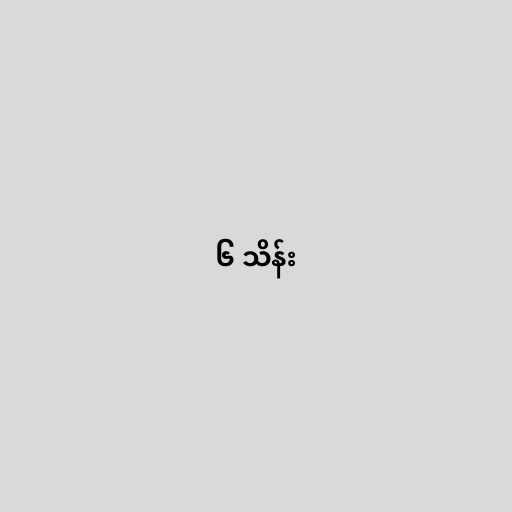
၆ သိန်း